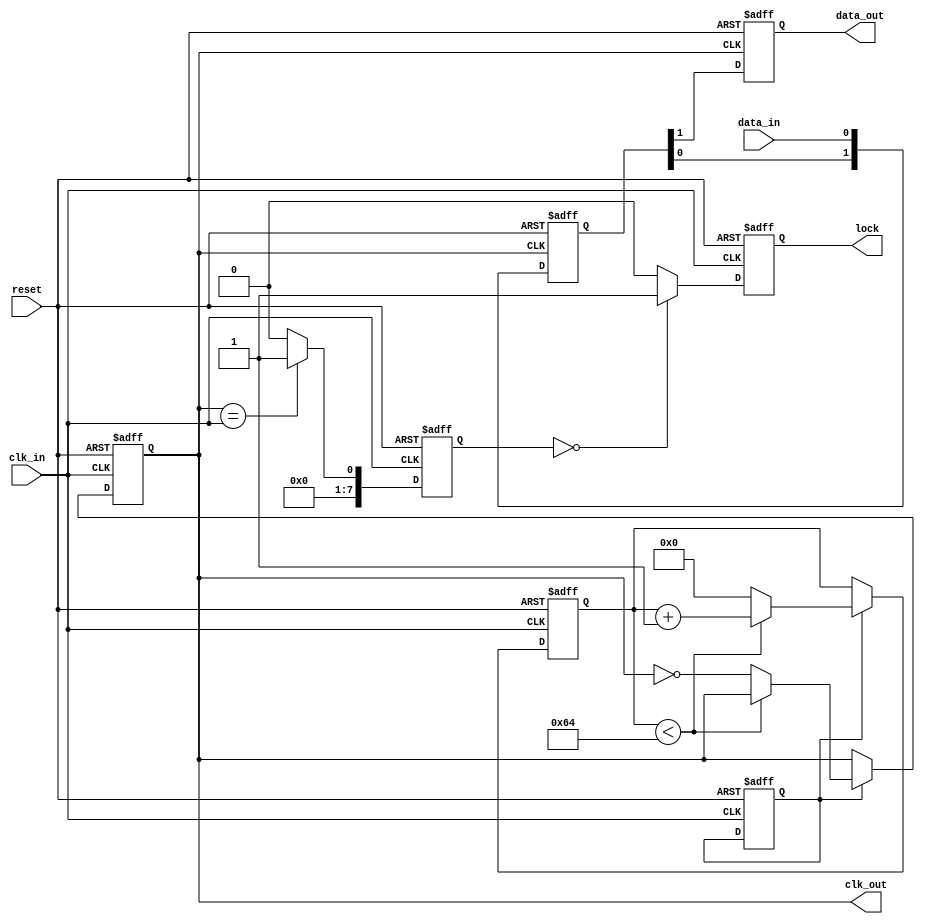
module pll_synchronizer (
    input wire clk_in,         // Incoming clock signal
    input wire data_in,        // Incoming data signal
    input wire reset,          // Asynchronous reset
    output reg clk_out,        // Synchronized output clock signal
    output reg data_out,       // Synchronized output data signal
    output reg lock            // Lock detection signal
);

// Parameters for the PLL
parameter PHASE_DETECTOR_WIDTH = 8; // Width of phase detector output
parameter LOOP_FILTER_WIDTH = 8;     // Width of loop filter output
parameter VCO_MAX_FREQ = 100;        // Max frequency for VCO (example)

// Internal signals
reg [PHASE_DETECTOR_WIDTH-1:0] phase_error; // Phase error signal
reg [LOOP_FILTER_WIDTH-1:0] control_signal;  // Control signal from loop filter
reg [7:0] vco_counter;                     // VCO counter
reg vco_enable;                             // VCO enable signal
reg [1:0] sync_stage;                      // Synchronization stages

// Phase Detector
always @(posedge clk_in or posedge reset) begin
    if (reset) begin
        phase_error <= 0;
    end else begin
        // Simple phase comparison (for illustration)
        phase_error <= (clk_out == clk_in) ? 1 : 0; // Phase error logic
    end
end

// Loop Filter (Simple Integrator)
always @(posedge clk_in or posedge reset) begin
    if (reset) begin
        control_signal <= 0;
    end else begin
        control_signal <= control_signal + phase_error; // Integrate phase error
    end
end

// Voltage-Controlled Oscillator (VCO)
always @(posedge clk_in or posedge reset) begin
    if (reset) begin
        vco_counter <= 0;
        clk_out <= 0;
        vco_enable <= 1; // Enable VCO
    end else if (vco_enable) begin
        if (vco_counter < VCO_MAX_FREQ) begin
            vco_counter <= vco_counter + 1;
        end else begin
            clk_out <= ~clk_out; // Toggle output clock
            vco_counter <= 0;     // Reset counter
        end
    end
end

// Synchronization of Data
always @(posedge clk_out or posedge reset) begin
    if (reset) begin
        sync_stage <= 2'b00;
        data_out <= 0;
    end else begin
        sync_stage <= {sync_stage[0], data_in}; // 2-stage synchronizer
        data_out <= sync_stage[1];
    end
end

// Lock Detection (Simple Example)
always @(posedge clk_in or posedge reset) begin
    if (reset) begin
        lock <= 0;
    end else begin
        // Simple lock detection logic
        lock <= (phase_error == 0) ? 1 : 0; // Lock when phase error is zero
    end
end

endmodule